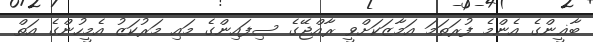
ބާޣީންގެ އެންމެ ފުރަތަމަ އަމާޒަކަށްވީ ރާއްޖޭގެ ސިފައިންގެ މައި މަރުކަޒު އެމީހުންގެ އަތް